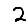
Digit: 2